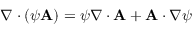
\nabla \cdot \left( \psi \mathbf { A } \right) = \psi \nabla \cdot \mathbf { A } + \mathbf { A } \cdot \nabla \psi